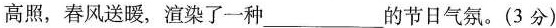
高照，春风送暖，渲染了一种___的节日气氛。(3分)